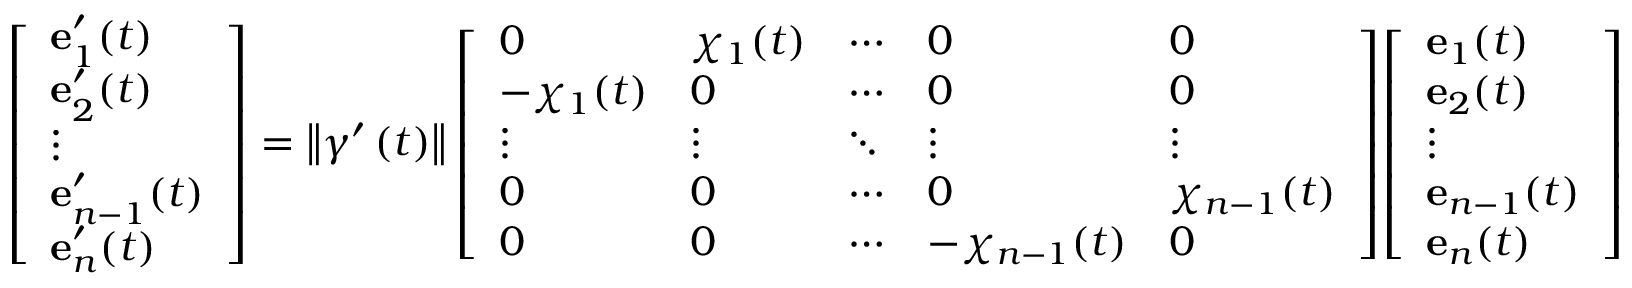
{ \left[ \begin{array} { l } { \mathbf { e } _ { 1 } ^ { \prime } ( t ) } \\ { \mathbf { e } _ { 2 } ^ { \prime } ( t ) } \\ { \vdots } \\ { \mathbf { e } _ { n - 1 } ^ { \prime } ( t ) } \\ { \mathbf { e } _ { n } ^ { \prime } ( t ) } \end{array} \right] } = \left\Vert \gamma ^ { \prime } \left( t \right) \right\Vert { \left[ \begin{array} { l l l l l } { 0 } & { \chi _ { 1 } ( t ) } & { \cdots } & { 0 } & { 0 } \\ { - \chi _ { 1 } ( t ) } & { 0 } & { \cdots } & { 0 } & { 0 } \\ { \vdots } & { \vdots } & { \ddots } & { \vdots } & { \vdots } \\ { 0 } & { 0 } & { \cdots } & { 0 } & { \chi _ { n - 1 } ( t ) } \\ { 0 } & { 0 } & { \cdots } & { - \chi _ { n - 1 } ( t ) } & { 0 } \end{array} \right] } { \left[ \begin{array} { l } { \mathbf { e } _ { 1 } ( t ) } \\ { \mathbf { e } _ { 2 } ( t ) } \\ { \vdots } \\ { \mathbf { e } _ { n - 1 } ( t ) } \\ { \mathbf { e } _ { n } ( t ) } \end{array} \right] }